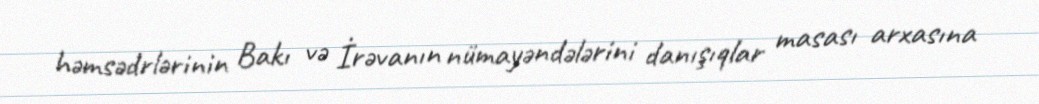
həmsədrlərinin Bakı və İrəvanın nümayəndələrini danışıqlar masası arxasına